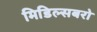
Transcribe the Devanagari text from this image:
मिडिल्सबरो